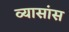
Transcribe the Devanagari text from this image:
व्यासांस